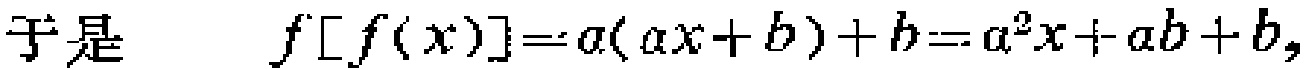
于是 \[ f[f(x)] = a(ax + b)+b=a^{2}x+ab + b, \]